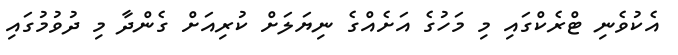
އެކުވެނި ޓްރެކްގައި މި މަހުގެ އަށެއްގެ ނިޔަލަށް ކުރިއަށް ގެންދާ މި ދުވުމުގައި